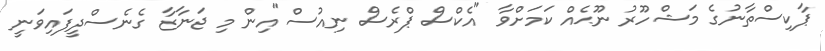
ޕާކިސްތާނުގެ މަޝްހޫރު ނޫޙެއް ކަމަށްވާ "އެކްސް ޕްރެސް ނިއުސް"އިން މި ޖަނާޒާ ގެނެސްދީފައިވަނީ